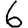
Digit: 6